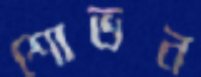
শোভন